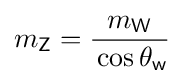
m_{\textsf {Z}}={\frac {m_{\textsf {W}}}{\,\cos \theta _{\textsf {w}}}}